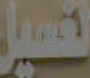
تغسيل